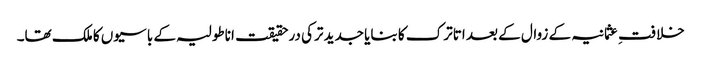
خلافتِ عثمانیہ کے زوال کے بعد اتاترک کا بنایا جدید ترکی درحقیقت اناطولیہ کے باسیوں کا ملک تھا۔